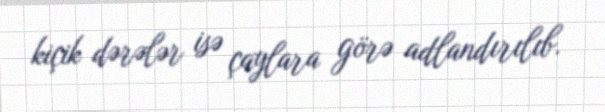
kiçik dərələr isə çaylara görə adlandırılıb.